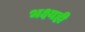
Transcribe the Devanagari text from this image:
भक्ष्यही